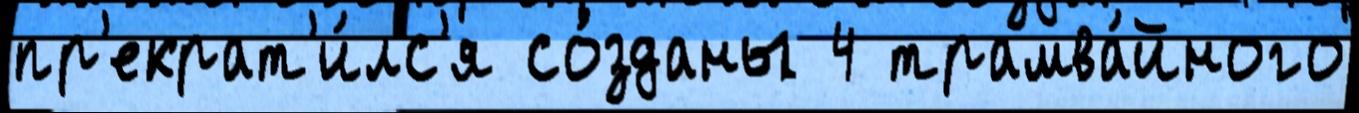
пр'екрат'и́лс'я со́зданы 4 трамва́йного